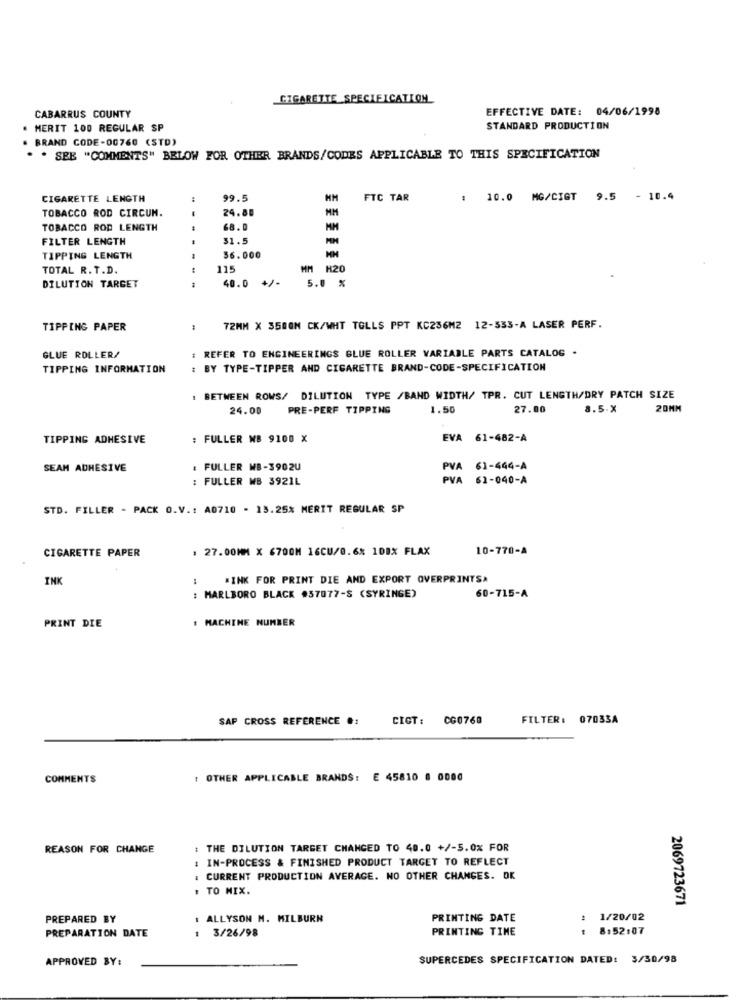
CIGARETTE SPECIFICATION
EFFECTIVE DATE: 04/06/1998
CABARRUS COUNTY
MERIT 100 REGULAR SP
STANDARD PRODUCTION
BRAND CODE-00760 (STD)
. SEE "COMMENTS" BELOW FOR OTHER BRANDS/CODES APPLICABLE TO THIS SPECIFICATION
CIGARETTE LENGTH
:
99.5
FTC TAR
: 10.0 MG/CIGT 9.5 - 10.4
TOBACCO ROD CIRCUN.
24.80
MM
TOBACCO ROD LENGTH
68.
MM
FILTER LENGTH
31.5
TIPPING LENGTH
36.000
HH
TOTAL R. T.D.
115
HM H20
40.0 +/-
DILUTION TARGET
---
5.0 %
TIPPING PAPER
:
72MM X 3500M CK/WHT TOLLS PPT KC256M2 12-533-A LASER PERF.
: REFER TO ENGINEERINGS BLUE ROLLER VARIABLE PARTS CATALOG .
GLUE ROLLER/
TIPPING INFORMATION
: BY TYPE-TIPPER AND CIGARETTE BRAND-CODE-SPECIFICATION
: BETWEEN ROWS/ DILUTION TYPE /BAND WIDTH/ TPR. CUT LENGTH/DRY PATCH SIZE
24.00
PRE-PERF TIPPING
1.50
27.00
8.5.X
20MM
TIPPING ADHESIVE
: FULLER MB 9100 X
EVA 61-482-A
SEAM ADHESIVE
FULLER MB-3902U
PVA
61-444-A
: FULLER MB 3921L
PVA
61-040-A
STD. FILLER - PACK O.V .: A0710 - 13.25% MERIT REGULAR SP
CIGARETTE PAPER
, 27.00MM X 6700M 16CU/0.6% 100% FLAX
10-770-A
INK
"INK FOR PRINT DIE AND EXPORT OVERPRINTSA
: MARLBORO BLACK #57077-S (SYRINGE)
60-715-A
MACHTHE NUMBER
PRINT DIE
SAP CROSS REFERENCE #:
CIGT :
CG0760
FILTER: 07033A
COMMENTS
1 OTHER APPLICABLE BRANDS: E 45810 6 0000
REASON FOR CHANGE
: THE DILUTION TARGET CHANGED TO 40.0 +/-5.0% FOR
: IN-PROCESS & FINISHED PRODUCT TARGET TO REFLECT
: CURRENT PRODUCTION AVERAGE. NO OTHER CHANGES. OK
. TO MIX.
2069723671
PREPARED BY
: ALLYSON M. MILBURN
PRINTING DATE
: 1/20/02
1 3/26/98
PRINTING TIME
: 8:52:07
PREPARATION DATE
APPROVED BY:
SUPERCEDES SPECIFICATION DATED: 3/30/98